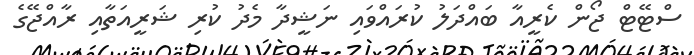
ސްޓޭޓް ޖޯން ކެރީއާ ބައްދަލު ކުރައްވައި ނަޝީދާ މެދު ކުރި ޝަރީއަތާއި ރާއްޖޭގެ